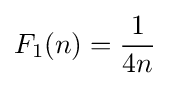
F_{1}(n)={\frac {1}{4n}}